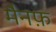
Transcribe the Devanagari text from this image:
मैनफ़